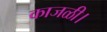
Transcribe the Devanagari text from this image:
काजळी।